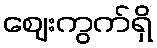
ဈေးကွက်ရှိ